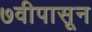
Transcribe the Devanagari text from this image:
७वीपासून